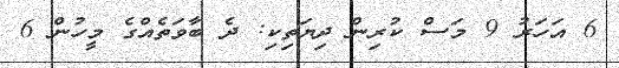
6 އަހަރު 9 މަސް ކުރިން ދިޔަތިކި: ދެ ބާވަތެއްގެ މީހުން 6